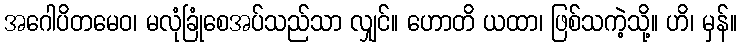
အဂေါပိတမေဝ၊ မလုံခြုံစေအပ်သည်သာ လျှင်။ ဟောတိ ယထာ၊ ဖြစ်သကဲ့သို့။ ဟိ၊ မှန်။